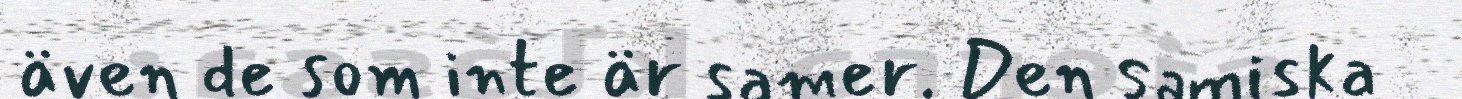
även de som inte är samer. Den samiska